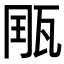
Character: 𤭄